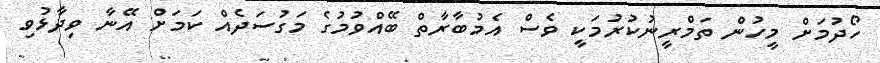
ހޯދުމަށް މީހުން ތަމްރީނުކުރުމަކީ ވެސް އެމުބާރާތް ބޭއްވުމުގެ މަގުސަދެއް ކަމަށް އޭނާ ވިދާޅުވި